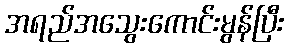
အရည်အသွေးကောင်းမွန်ပြီး